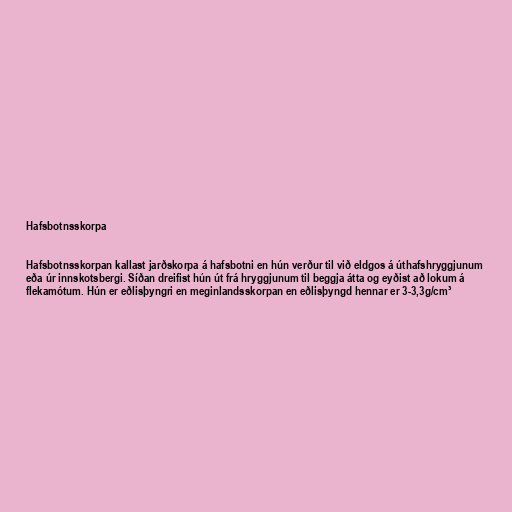
Hafsbotnsskorpa

Hafsbotnsskorpan kallast jarðskorpa á hafsbotni en hún verður til við eldgos á úthafshryggjunum
eða úr innskotsbergi. Síðan dreifist hún út frá hryggjunum til beggja átta og eyðist að lokum á
flekamótum. Hún er eðlisþyngri en meginlandsskorpan en eðlisþyngd hennar er 3-3,3g/cm³